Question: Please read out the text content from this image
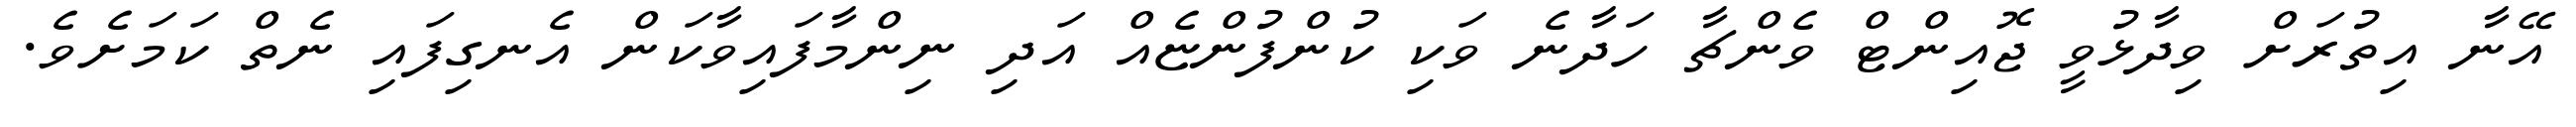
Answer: އޭނާ އިތުރަށް ވިދާޅުވީ ޖޮއިންޓް ވެންޗާ ހަދާނެ ވަކި ކުންފުންޏެއް އަދި ނިންމާފައިވާކަން އެނގިފައި ނެތް ކަމަށެވެ.